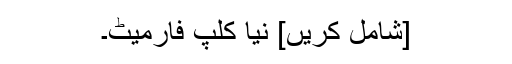
[شامل کریں] نیا کلپ فارمیٹ۔